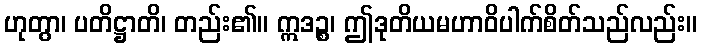
ဟုတွာ၊ ပတိဋ္ဌာတိ၊ တည်း၏။ ဣဒဉ္စ၊ ဤဒုတိယမဟာဝိပါက်စိတ်သည်လည်း။